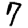
Digit: 7